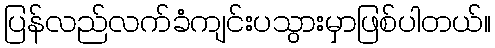
ပြန်လည်လက်ခံကျင်းပသွားမှာဖြစ်ပါတယ်။